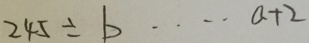
2 4 5 \div b \cdots a + 2